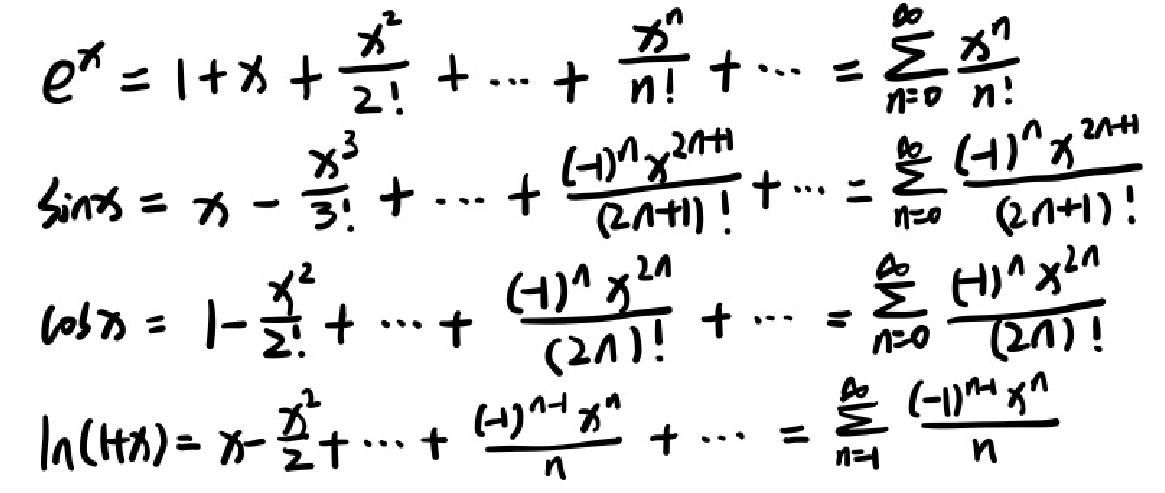
\begin{align*}
e^x&=1 + x+\frac{x^2}{2!}+\cdots+\frac{x^n}{n!}+\cdots=\sum_{n=0}^{\infty}\frac{x^n}{n!}\\
\sin x&=x-\frac{x^3}{3!}+\cdots+\frac{(-1)^n x^{2n + 1}}{(2n + 1)!}=\sum_{n=0}^{\infty}\frac{(-1)^n x^{2n + 1}}{(2n + 1)!}\\
\cos x&=1-\frac{x^2}{2!}+\cdots+\frac{(-1)^n x^{2n}}{(2n)!}=\sum_{n=0}^{\infty}\frac{(-1)^n x^{2n}}{(2n)!}\\
\ln(1 + x)&=x-\frac{x^2}{2}+\cdots+\frac{(-1)^{n - 1}x^n}{n}=\sum_{n=1}^{\infty}\frac{(-1)^{n - 1}x^n}{n}
\end{align*}